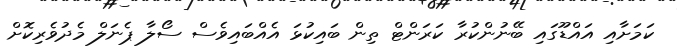
ކަމަށާއި އައްޑޫގައި ބޭނުންކުރާ ކަރަންޓް ތިން ބައިކުޅަ އެއްބައިވެސް ސޯލާ ޕެނަލް މެދުވެރިކޮށް